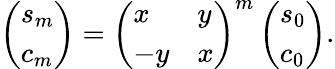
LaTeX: \left(\begin{array}{l}{s_{m}}\\ {c_{m}}\end{array}\right)=\left(\begin{array}{ll}{x}&{y}\\ {-y}&{x}\end{array}\right)^{m}\left(\begin{array}{l}{s_{0}}\\ {c_{0}}\end{array}\right).